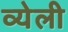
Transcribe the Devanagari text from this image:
व्येली